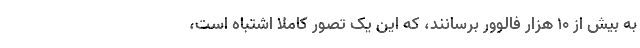
به بیش از 10 هزار فالوور برسانند، که این یک تصور کاملا اشتباه است،